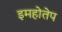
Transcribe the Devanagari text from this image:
इमहोतेप